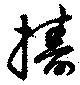
擣